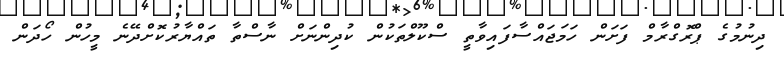
ދިނުމުގެ ޕްރޮގްރާމް ފަށަން ހަމަޖައްސާފައިވާތީ ސްކޫލްތަކުން ކުދިންނަށް ނާސްތާ ތައްޔާރުކޮށްދޭނެ މީހުން ހޯދަން